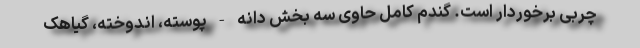
چربی برخوردار است. گندم کامل حاوی سه بخش دانه - پوسته، اندوخته، گیاهک